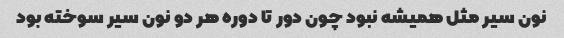
نون سیر مثل همیشه نبود چون دور تا دوره هر دو نون سیر سوخته بود